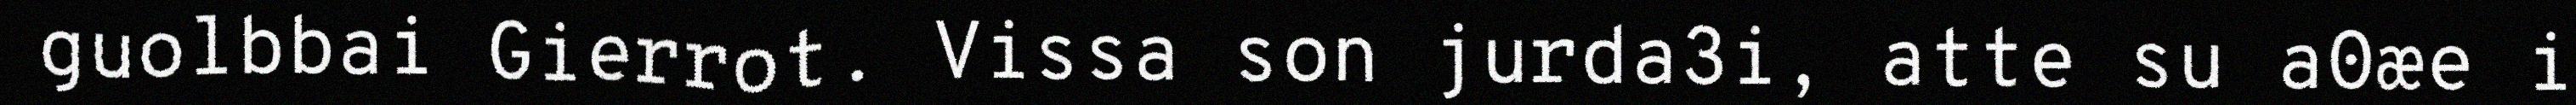
guolbbai Gierrot. Vissa son jurda3i, atte su a0æe i